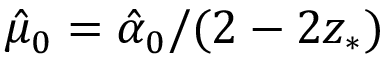
\hat { \mu } _ { 0 } = \hat { \alpha } _ { 0 } / ( 2 - 2 z _ { * } )